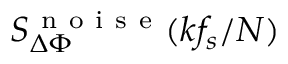
S _ { \Delta \Phi } ^ { \mathrm { ~ n ~ o ~ i ~ s ~ e ~ } } ( k f _ { s } / N )